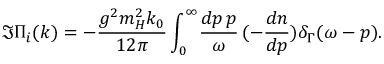
\Im \Pi _ { i } ( k ) = - \frac { g ^ { 2 } m _ { H } ^ { 2 } k _ { 0 } } { 1 2 \pi } \int _ { 0 } ^ { \infty } \! \frac { d p \, p } { \omega } \, ( - \frac { d n } { d p } ) \delta _ { \Gamma } ( \omega - p ) .